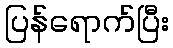
ပြန်ရောက်ပြီး